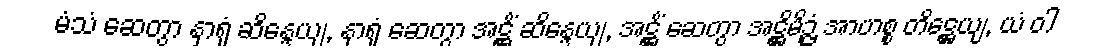
မံသံ ဆေတွာ နှာရုံ ဆိန္ဒေယျ, နှာရုံ ဆေတွာ အဋ္ဌိံ ဆိန္ဒေယျ, အဋ္ဌိံ ဆေတွာ အဋ္ဌိမိဉ္ဇံ အာဟစ္စ တိဋ္ဌေယျ, ယံ ဝါ